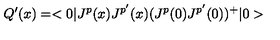
Q ^ { \prime } ( x ) = < 0 | J ^ { p } ( x ) J ^ { p ^ { \prime } } ( x ) ( J ^ { p } ( 0 ) J ^ { p ^ { \prime } } ( 0 ) ) ^ { + } | 0 >